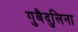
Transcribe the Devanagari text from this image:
गुबैदुलिना